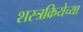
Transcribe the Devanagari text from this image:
शस्त्रक्रियेच्या